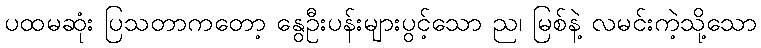
ပထမဆုံး ပြသတာကတော့ နွေဦးပန်းများပွင့်သော ည၊ မြစ်နဲ့ လမင်းကဲ့သို့သော